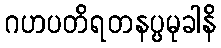
ဂဟပတိရတနပ္ပမုခါနိ